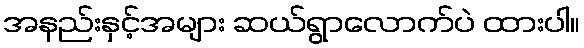
အနည်းနှင့်အများ ဆယ်ရွာလောက်ပဲ ထားပါ။